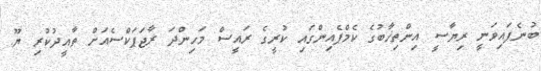
ބުނެފައިވަނީ ރިޔާސީ އިންތިޚާބުގެ ކެމްޕެއިންގައި ކުރީގެ ރައީސް މަހިންދަ ރާޖަޕަކްސެއަށް ތާއީދުކުރި ޔޫ.